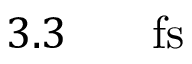
3 . 3 \ensuremath { \mathrm { ~ \textrm ~ { ~ \, ~ } ~ } } \ensuremath { \mathrm { f s } }